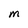
Character: M